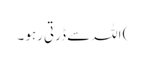
) اللہ سے ڈرتی رہو ۔